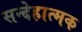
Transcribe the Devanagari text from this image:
सन्देहात्मक